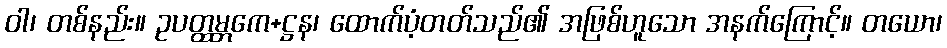
ဝါ၊ တစ်နည်း။ ဥပတ္ထမ္ဘကေ+ဋ္ဌန၊ ထောက်ပံ့တတ်သည်၏ အဖြစ်ဟူသော အနက်ကြောင့်။ တယော၊